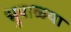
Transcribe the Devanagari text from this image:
भुपाळ्या